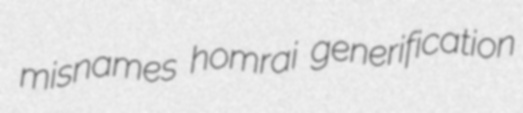
misnames homrai generification